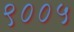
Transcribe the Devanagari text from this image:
९००५